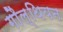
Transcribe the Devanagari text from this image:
गौल्थियन